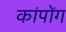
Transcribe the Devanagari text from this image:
कांपोंग